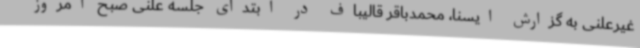
غیرعلنی به گزارش ایسنا، محمدباقر قالیباف در ابتدای جلسه علنی صبح امروز